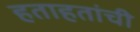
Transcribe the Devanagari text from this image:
हताहतांची